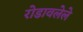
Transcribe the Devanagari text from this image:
रोडावलेले